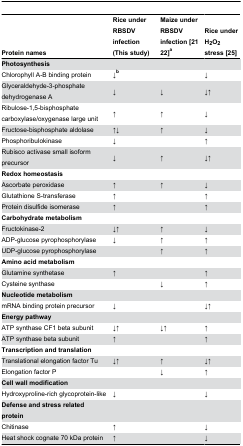
<table><thead><tr><td><b>Protein names</b></td><td><b>Rice under RBSDV infection(This study)</b></td><td><b>Maize under RBSDV infection [2122]<sup>a</sup></b></td><td><b>Rice under H<sub>2</sub>O<sub>2</sub> stress [25]</b></td></tr></thead><tbody><tr><td><b>Photosynthesis</b></td><td></td><td></td><td></td></tr><tr><td>Chlorophyll A-B binding protein </td><td>↓<b><sup>b</sup></b></td><td></td><td>↓</td></tr><tr><td>Glyceraldehyde-3-phosphate dehydrogenase A</td><td>↓</td><td>↓</td><td>↓↑</td></tr><tr><td>Ribulose-1,5-bisphosphate carboxylase/oxygenase large unit</td><td>↑</td><td>↑</td><td>↓</td></tr><tr><td>Fructose-bisphosphate aldolase</td><td>↑↓</td><td>↑</td><td>↓</td></tr><tr><td>Phosphoribulokinase </td><td>↓</td><td></td><td>↑</td></tr><tr><td>Rubisco activase small isoform precursor</td><td>↓</td><td>↑</td><td>↓↑</td></tr><tr><td><b>Redox homeostasis</b></td><td></td><td></td><td></td></tr><tr><td>Ascorbate peroxidase</td><td>↑</td><td>↑</td><td>↓</td></tr><tr><td>Glutathione S-transferase </td><td>↑</td><td></td><td>↑</td></tr><tr><td>Protein disulfide isomerase</td><td>↑</td><td></td><td>↑</td></tr><tr><td><b>Carbohydrate metabolism</b></td><td></td><td></td><td></td></tr><tr><td>Fructokinase-2</td><td>↓↑</td><td>↑</td><td>↓</td></tr><tr><td>ADP-glucose pyrophosphorylase</td><td>↓</td><td>↑</td><td>↑</td></tr><tr><td>UDP-glucose pyrophosphorylase</td><td></td><td>↑</td><td>↑</td></tr><tr><td><b>Amino acid metabolism</b></td><td></td><td></td><td></td></tr><tr><td>Glutamine synthetase </td><td>↑</td><td></td><td>↑</td></tr><tr><td>Cysteine synthase</td><td></td><td>↓</td><td>↑</td></tr><tr><td><b>Nucleotide metabolism</b></td><td></td><td></td><td></td></tr><tr><td>mRNA binding protein precursor</td><td>↓</td><td></td><td>↓↑</td></tr><tr><td><b>Energy pathway</b></td><td></td><td></td><td></td></tr><tr><td>ATP synthase CF1 beta subunit</td><td>↓↑</td><td>↓↑</td><td>↑</td></tr><tr><td>ATP synthase beta subunit</td><td>↑</td><td></td><td>↑</td></tr><tr><td><b>Transcription and translation</b></td><td></td><td></td><td></td></tr><tr><td>Translational elongation factor Tu</td><td>↓↑</td><td>↑</td><td>↓↑</td></tr><tr><td>Elongation factor P</td><td></td><td>↓</td><td>↑</td></tr><tr><td><b>Cell wall modification</b></td><td></td><td></td><td></td></tr><tr><td>Hydroxyproline-rich glycoprotein-like</td><td>↓</td><td></td><td>↓</td></tr><tr><td><b>Defense and stress related protein</b></td><td></td><td></td><td></td></tr><tr><td>Chitinase</td><td>↑</td><td></td><td>↓</td></tr><tr><td>Heat shock cognate 70 kDa protein</td><td>↑</td><td></td><td>↓</td></tr></tbody></table>